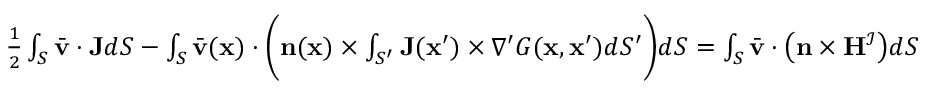
\begin{array} { r } { \frac { 1 } { 2 } \int _ { S } \bar { \mathbf { v } } \cdot \mathbf { J } d S - \int _ { S } \bar { \mathbf { v } } ( \mathbf { x } ) \cdot \bigg ( \mathbf { n } ( \mathbf { x } ) \times \int _ { S ^ { \prime } } \mathbf { J } ( \mathbf { x } ^ { \prime } ) \times \nabla ^ { \prime } G ( \mathbf { x } , \mathbf { x } ^ { \prime } ) d S ^ { \prime } \bigg ) d S = \int _ { S } \bar { \mathbf { v } } \cdot \big ( \mathbf { n } \times \mathbf { H } ^ { \mathcal { I } } \big ) d S } \end{array}